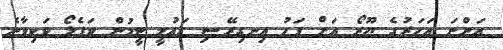
އަންނަ އަހަރުގެ ޔޫރޯ އަށް ފަހު އިނގިރޭސި ގައުމީ ޓީމުން ކަޕެލޯ ވަކިވާނެ